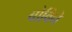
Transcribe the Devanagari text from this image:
बोविने